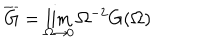
\overline { { G } } = \lim _ { \Omega \to 0 } \Omega ^ { - 2 } G ( \Omega )